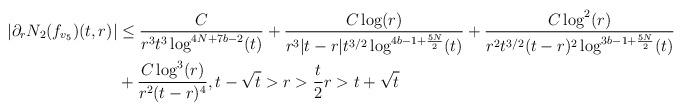
LaTeX: \begin{align*}|\partial_{r}N_{2}(f_{v_{5}})(t,r)| &\leq \frac{C}{r^{3} t^{3} \log^{4N+7b-2}(t)} + \frac{C \log(r)}{r^{3} |t-r| t^{3/2} \log^{4b-1+\frac{5N}{2}}(t)} + \frac{C \log^{2}(r)}{r^{2} t^{3/2} (t-r)^{2} \log^{3b-1+\frac{5N}{2}}(t)}\\&+\frac{C \log^{3}(r)}{r^{2}(t-r)^{4}},t-\sqrt{t} > r > \frac{t}{2} r > t+\sqrt{t}\end{align*}